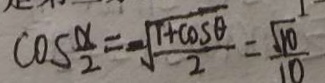
\cos \frac { \alpha } { 2 } = - \sqrt { \frac { 1 + \cos \theta } { 2 } } = \frac { \sqrt { 1 0 } } { 1 0 }